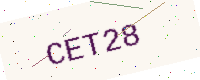
Text: CET28